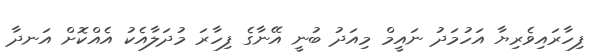
ފިހާރައިވެރިޔާ އަހުމަދު ނައީމް މިއަދު ބުނީ އޭނާގެ ފިހާރަ މުދަލާއެކު އެއްކޮށް އަނދާ